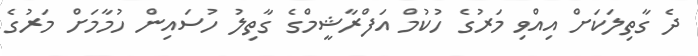
ދެ ގާތިލަކަށް އިއްވި މަރުގެ ހުކުމް އަފްރާޝީމްގެ ގާތިލު ހުސައިން ހުމާމަށް މަރުގެ